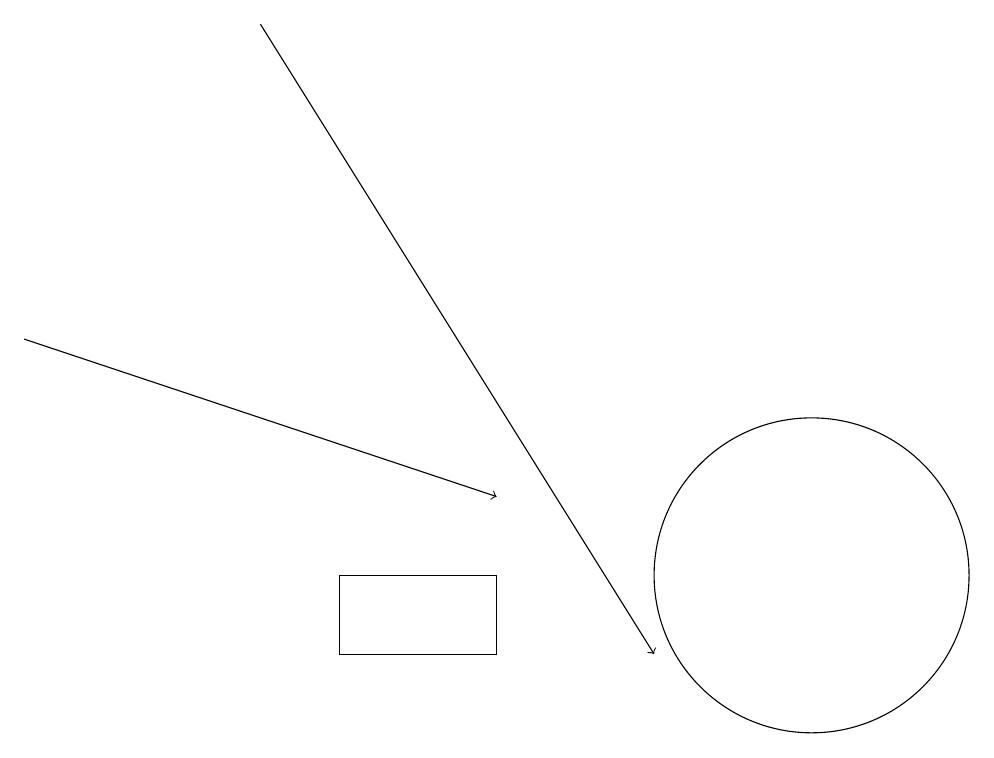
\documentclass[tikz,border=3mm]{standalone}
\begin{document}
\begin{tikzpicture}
\draw[->] (1,14) -- (7,12);
\draw (11,11) circle (2);
\draw[->] (4,18) -- (9,10);
\draw (7,10) rectangle (5,11);
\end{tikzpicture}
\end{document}